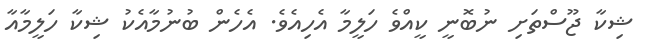
ޝިކާ ޖޫސްތަށި ނުބޮނީ ކީއްވެ ހަލީމާ އެހިއެވެ. އެހެން ބުނުމާއެކު ޝިކާ ހަލީމާއާ